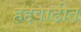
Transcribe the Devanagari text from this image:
हद्दवाढीत